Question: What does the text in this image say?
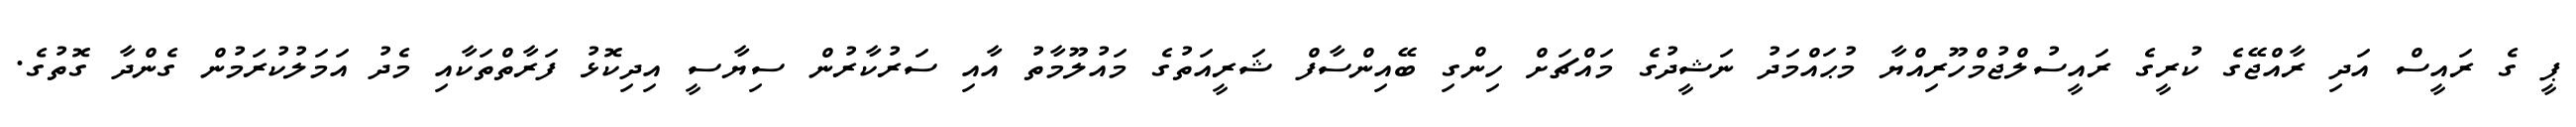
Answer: ޕީ ގެ ރައީސް އަދި ރާއްޖޭގެ ކުރީގެ ރައީސުލްޖުމްހޫރިއްޔާ މުޙައްމަދު ނަޝީދުގެ މައްޗަށް ހިންގި ބޭއިންސާފް ޝަރީއަތުގެ މައުލޫމާތު އާއި ސަރުކާރުން ސިޔާސީ އިދިކޮޅު ފަރާތްތަކާއި މެދު އަމަލުކުރަމުން ގެންދާ ގޮތުގެ.